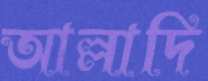
আল্লাদি